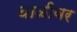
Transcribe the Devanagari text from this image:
थाळीवर